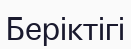
Беріктігі